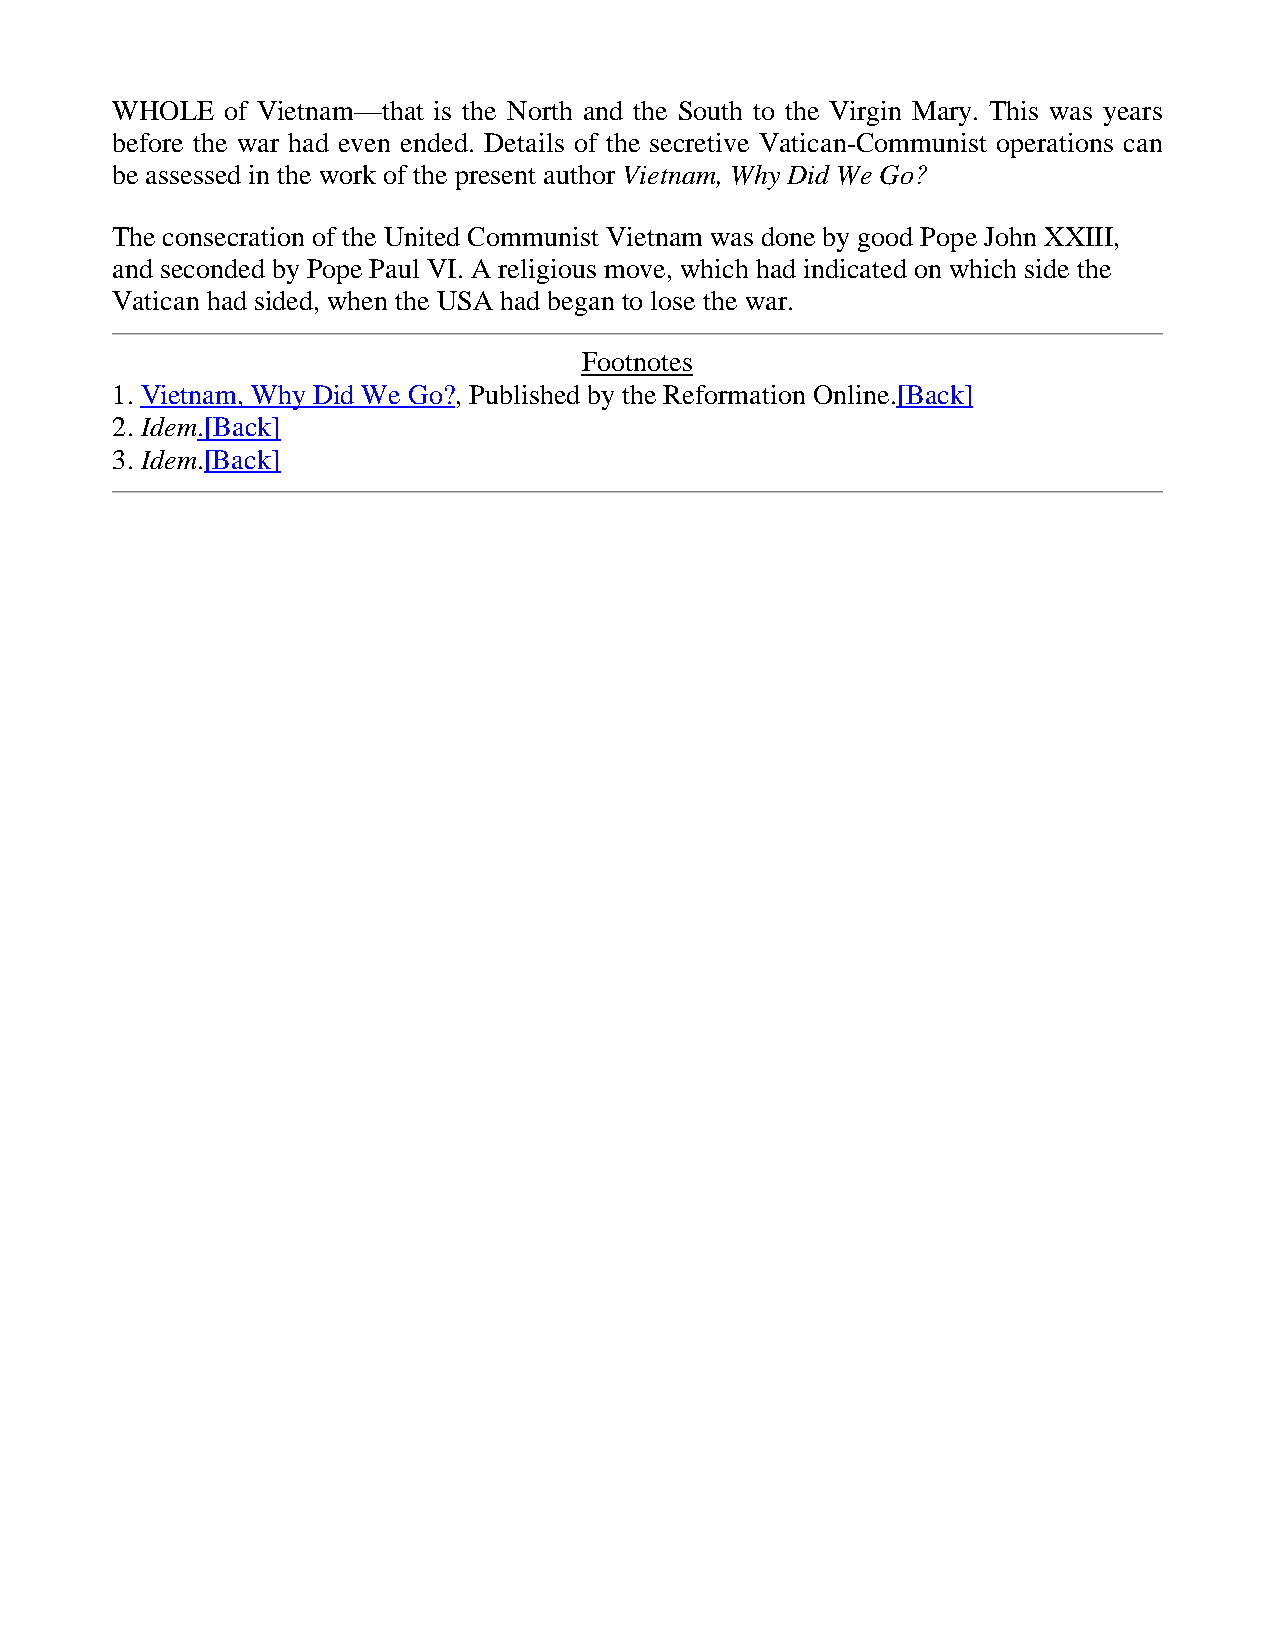
WHOLE   of Vietnam—that is the North and the South to the Virgin Mary. This was years
 before the war had even ended. Details of the secretive Vatican-Communist operations can
 be assessed in the work of the present author Vietnam, Why Did We Go?
 The consecration of the United Communist Vietnam was done by good Pope John XXIII,
 and seconded by Pope Paul VI. A religious move, which had indicated on which side the
 Vatican had sided, when the USA had began to lose the war.
 Footnotes
 1. Vietnam, Why Did We Go?, Published by the Reformation Online.[Back]
 2. Idem.[Back]
 3. Idem.[Back]